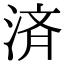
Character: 済